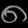
Digit: ၈